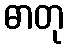
ဓာတု